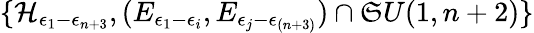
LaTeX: \{ \mathcal{H}_{\epsilon_{1}-\epsilon_{n+3}},(E_{\epsilon_{1}-\epsilon_{i}},E_{\epsilon_{j}-\epsilon_{(n+3)}})\cap\mathfrak{S}U(1,n+2)\}